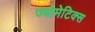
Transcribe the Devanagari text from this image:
ज्योमेटिक्स